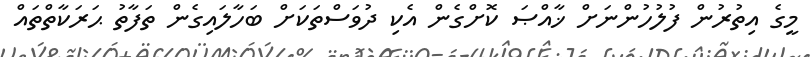
މީގެ އިތުރުން ފުލުހުންނަށް ޚާއްޞަ ކޮށްގެން އެކި ދުވަސްތަކަށް ބަހާލައިގެން ތަފާތު ޙަރަކާތްތައް